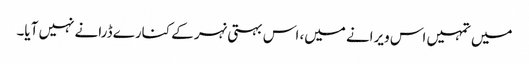
میں تمہیں اس ویرانے میں، اس بہتی نہر کے کنارے ڈرانے نہیں آیا۔